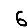
Digit: 6